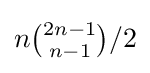
n{\tbinom {2n-1}{n-1}}/2